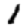
Digit: 1